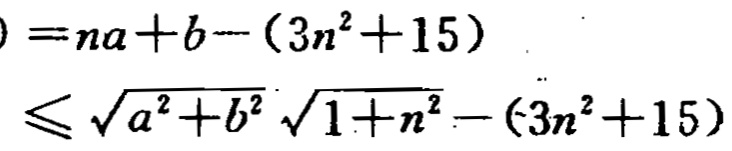
\[

\begin{align*}

&=na + b-(3n^{2}+15)\\

&\leqslant\sqrt{a^{2}+b^{2}}\sqrt{1 + n^{2}}-(3n^{2}+15)

\end{align*}

\]